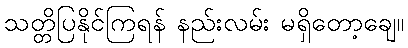
သတ္တိပြနိုင်ကြရန် နည်းလမ်း မရှိတော့ချေ။